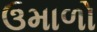
ઉમાળો